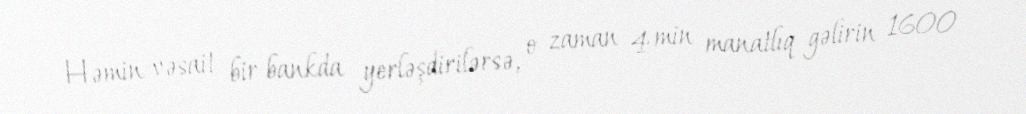
Həmin vəsait bir bankda yerləşdirilərsə, o zaman 4 min manatlıq gəlirin 1600